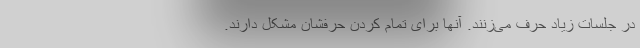
در جلسات زیاد حرف می‌زنند. آنها برای تمام کردن حرفشان مشکل دارند.